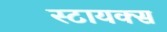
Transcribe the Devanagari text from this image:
स्टायक्स